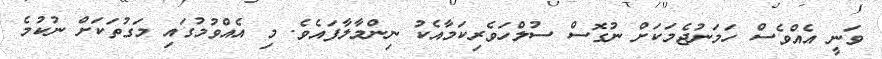
ވަނީ އެއްވެސް ހަމަނުޖެމަކަށް ނުގޮސް ސުލްހަވެރިކަމާއެކު ނިންމާލާފައެވެ. މި އެއްވުމުގައި މަގުތަކަށް ނުކުމެ